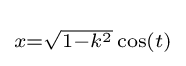
\scriptstyle {x={\sqrt {1-k^{2}}}\cos(t)}